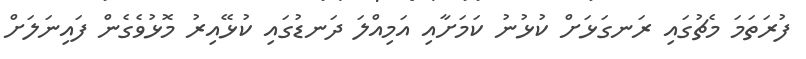
ފުރަތަމަ މެޗުގައި ރަނގަޅަށް ކުޅުނު ކަމަށާއި އަމިއްލަ ދަނޑުގައި ކުޅޭއިރު މޮޅުވެގެން ފައިނަލަށް